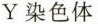
Y染色体